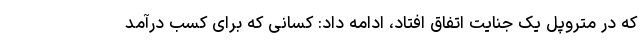
که در متروپل یک جنایت اتفاق افتاد، ادامه داد: کسانی که برای کسب درآمد